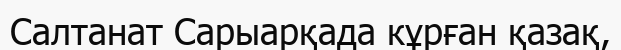
Салтанат Сарыарқада кұрған қазақ,